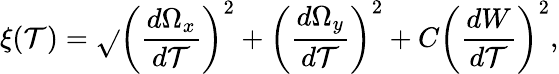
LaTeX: \xi(\mathcal{T})=\sqrt{}{{\left(\frac{{d\Omega_{x}}}{{d\mathcal{T}}}\right)^{2}+\left(\frac{{d\Omega_{y}}}{{d\mathcal{T}}}\right)^{2}+C\left(\frac{{dW}}{{d\mathcal{T}}}\right)^{2}}},